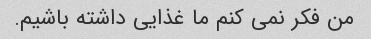
من فکر نمی کنم ما غذایی داشته باشیم.